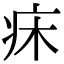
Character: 𤴷